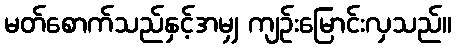
မတ်စောက်သည်နှင့်အမျှ ကျဉ်းမြောင်းလှသည်။